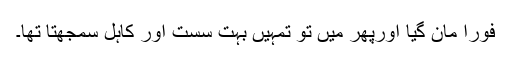
فوراً مان گیا اورپھر میں تو تمہیں بہت سست اور کاہل سمجھتا تھا۔